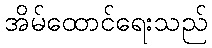
အိမ်ထောင်ရေးသည်